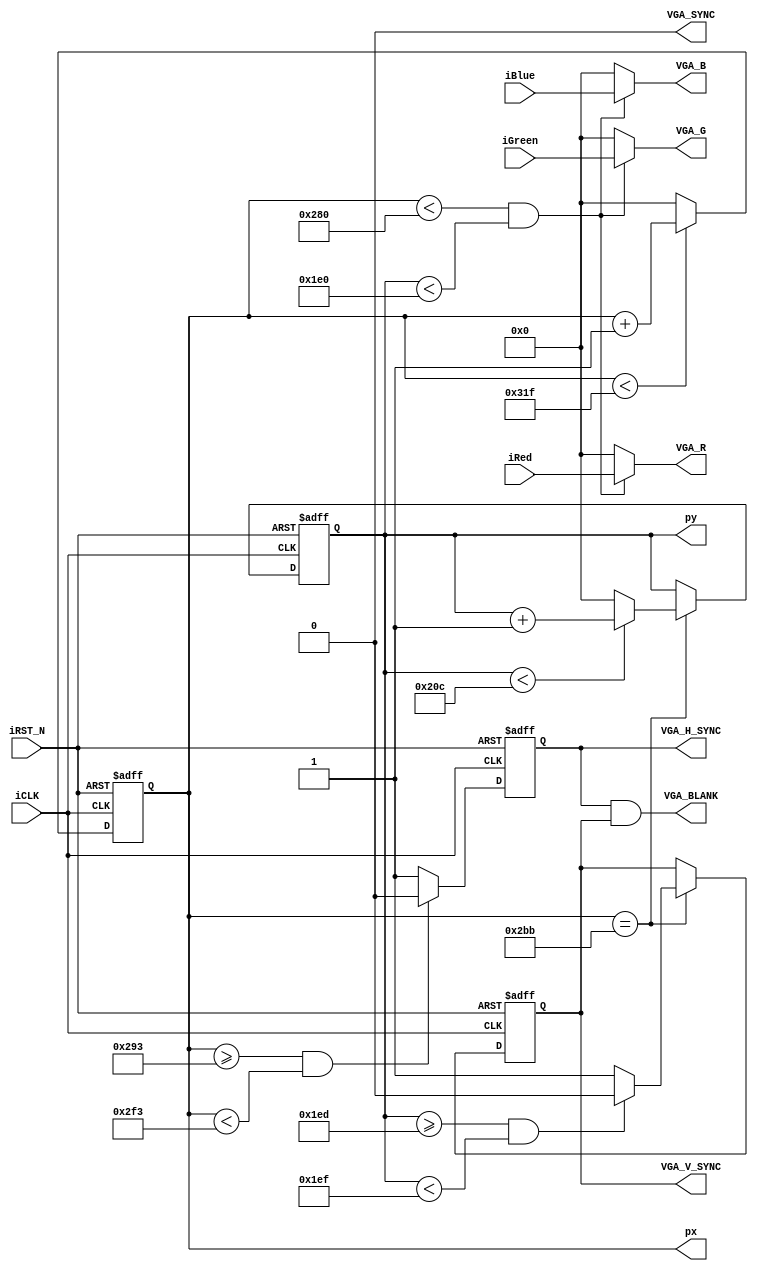
module vga_sync(
   input iCLK, // 25 MHz clock
   input iRST_N,
   input [9:0] iRed,
   input [9:0] iGreen,
   input [9:0] iBlue,
   // pixel coordinates
   output [9:0] px,
   output [9:0] py,
   // VGA Side
   output  [9:0] VGA_R,
   output  [9:0] VGA_G,
   output  [9:0] VGA_B,
   output reg VGA_H_SYNC,
   output reg VGA_V_SYNC,
   output VGA_SYNC,
   output VGA_BLANK
);

assign	VGA_BLANK	=	VGA_H_SYNC & VGA_V_SYNC;
assign	VGA_SYNC	=	1'b0;

reg [9:0] h_count, v_count;
assign px = h_count;
assign py = v_count;


// Horizontal sync

/* Generate Horizontal and Vertical Timing Signals for Video Signal
* h_count counts pixels (640 + extra time for sync signals)
* 
*  horiz_sync  ------------------------------------__________--------
*  h_count       0                640             659       755    799
*/
parameter H_SYNC_TOTAL = 800;
parameter H_PIXELS =     640;
parameter H_SYNC_START = 659;
parameter H_SYNC_WIDTH =  96;

always@(posedge iCLK or negedge iRST_N)
begin
   if(!iRST_N)
   begin
      h_count <= 10'h000;
      VGA_H_SYNC <= 1'b0;
   end
   else
   begin
      // H_Sync Counter
      if (h_count < H_SYNC_TOTAL-1) h_count <= h_count + 1'b1;
      else h_count <= 10'h0000;

      if (h_count >= H_SYNC_START && 
	h_count < H_SYNC_START+H_SYNC_WIDTH) VGA_H_SYNC = 1'b0;
      else VGA_H_SYNC <= 1'b1;
   end
end
/*  
*  vertical_sync      -----------------------------------------------_______------------
*  v_count             0                                      480    493-494          524
*/
parameter V_SYNC_TOTAL = 525;
parameter V_PIXELS     = 480;
parameter V_SYNC_START = 493;
parameter V_SYNC_WIDTH =   2;
parameter H_START = 699;

always @(posedge iCLK or negedge iRST_N)
begin
   if (!iRST_N)
   begin
      v_count <= 10'h0000;
      VGA_V_SYNC <= 1'b0;
   end
   else if (h_count == H_START)
   begin
      // V_Sync Counter
      if (v_count < V_SYNC_TOTAL-1) v_count <= v_count + 1'b1;
      else v_count <= 10'h0000;

      if (v_count >= V_SYNC_START && 
		v_count < V_SYNC_START+V_SYNC_WIDTH) VGA_V_SYNC = 1'b0;
      else VGA_V_SYNC <= 1'b1;
   end
end
   

// Put all video signals through DFFs to elminate any delays that cause a blurry image

wire video_h_on = (h_count<H_PIXELS);
wire video_v_on = (v_count<V_PIXELS);
wire video_on = video_h_on & video_v_on;

assign VGA_R = (video_on? iRed: 10'h000);
assign VGA_G = (video_on? iGreen: 10'h000);
assign VGA_B = (video_on? iBlue: 10'h000);

/*
always @(posedge iCLK or negedge iRST_N)
	if (!iRST_N)
	begin
		VGA_R <= 10'h000;
		VGA_G <= 10'h000;
		VGA_B <= 10'h000;
	end
	else
	begin
		if (video_on)
		begin
			VGA_R[9:0] <= iRed[9:0];
			VGA_G[9:0] <= iGreen[9:0];
			VGA_B[9:0] <= iBlue[9:0];
		end
		else
		begin
			VGA_R <= 10'h000;
			VGA_G <= 10'h000;
			VGA_B <= 10'h000;
		end
    end
*/
   
endmodule